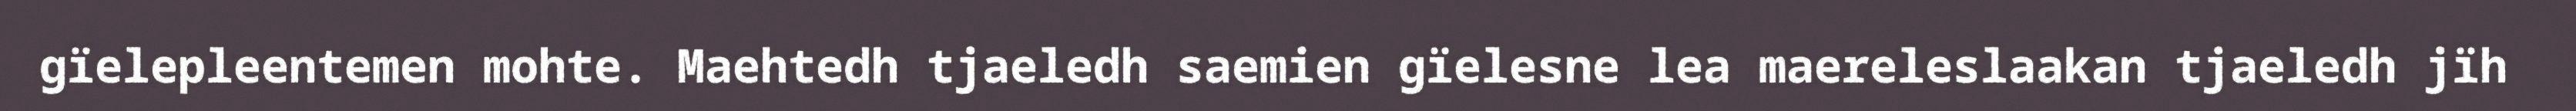
gïelepleentemen mohte. Maehtedh tjaeledh saemien gïelesne lea maereleslaakan tjaeledh jïh